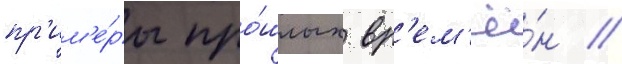
пр'им'е́ры про́шлых вр'ем'ё́н /